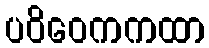
ပဝိဝေကကထာ